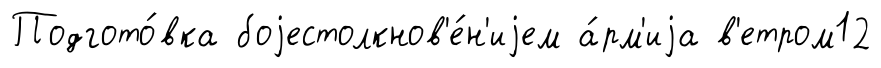
Подгото́вка боjестолкнов'е́н'иjем а́рм'иjа в'етром12